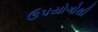
ઉપયોગોથી